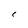
Character: C